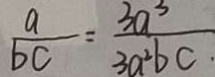
\frac { a } { b c } = \frac { 3 a ^ { 3 } } { 3 a ^ { 2 } b c }